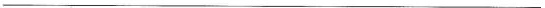
___